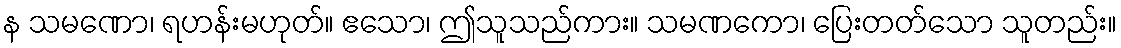
န သမဏော၊ ရဟန်းမဟုတ်။ ဧသော၊ ဤသူသည်ကား။ သမဏကော၊ ပြေးတတ်သော သူတည်း။